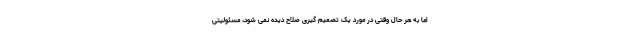
اما به هر حال وقتی در مورد یک تصمیم گیری صلاح دیده نمی شود، مسئولیتی